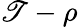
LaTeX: \mathscr{T}-\rho